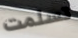
تسلمت